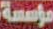
مؤسسة